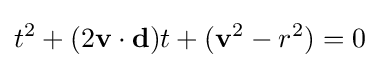
t^{2}+(2\mathbf {v} \cdot \mathbf {d} )t+(\mathbf {v} ^{2}-r^{2})=0